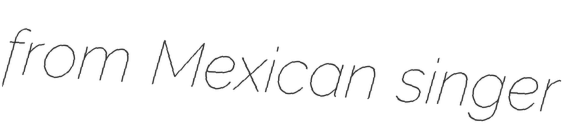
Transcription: from Mexican singer